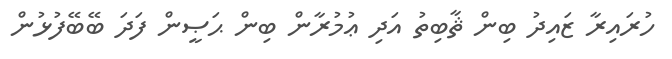
ހުރައިރާ ޒައިދު ބިން ޘާބިތު އަދި ޢުމުރާން ބިން ޙަޞީން ފަދަ ބޭބޭފުޅުން